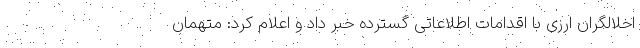
اخلالگران ارزی با اقدامات اطلاعاتی گسترده خبر داد و اعلام کرد: متهمان